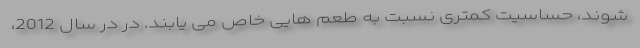
شوند، حساسیت کمتری نسبت به طعم هایی خاص می یابند. در در سال 2012،